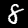
Label: 8